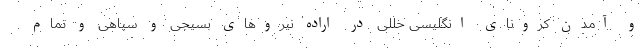
و آمدن کرونای انگلیسی خللی در اراده نیروهای بسیجی و سپاهی و تمام